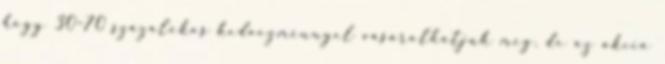
hogy 30–70 százalékos kedvezménnyel vásárolhatjuk meg, de az akció